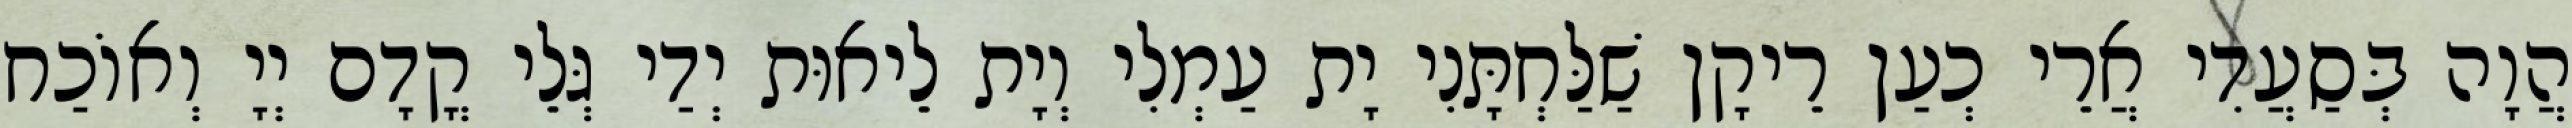
הֲוָה בְּסַעֲדִי אֲרֵי כְעַן רֵיקָן שַׁלַּחְתָּנִי יָת עַמְלִי וְיָת לֵיאוּת יְדַי גְּלֵי קֳדָם יְיָ וְאוֹכַח